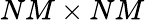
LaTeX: NM\times NM